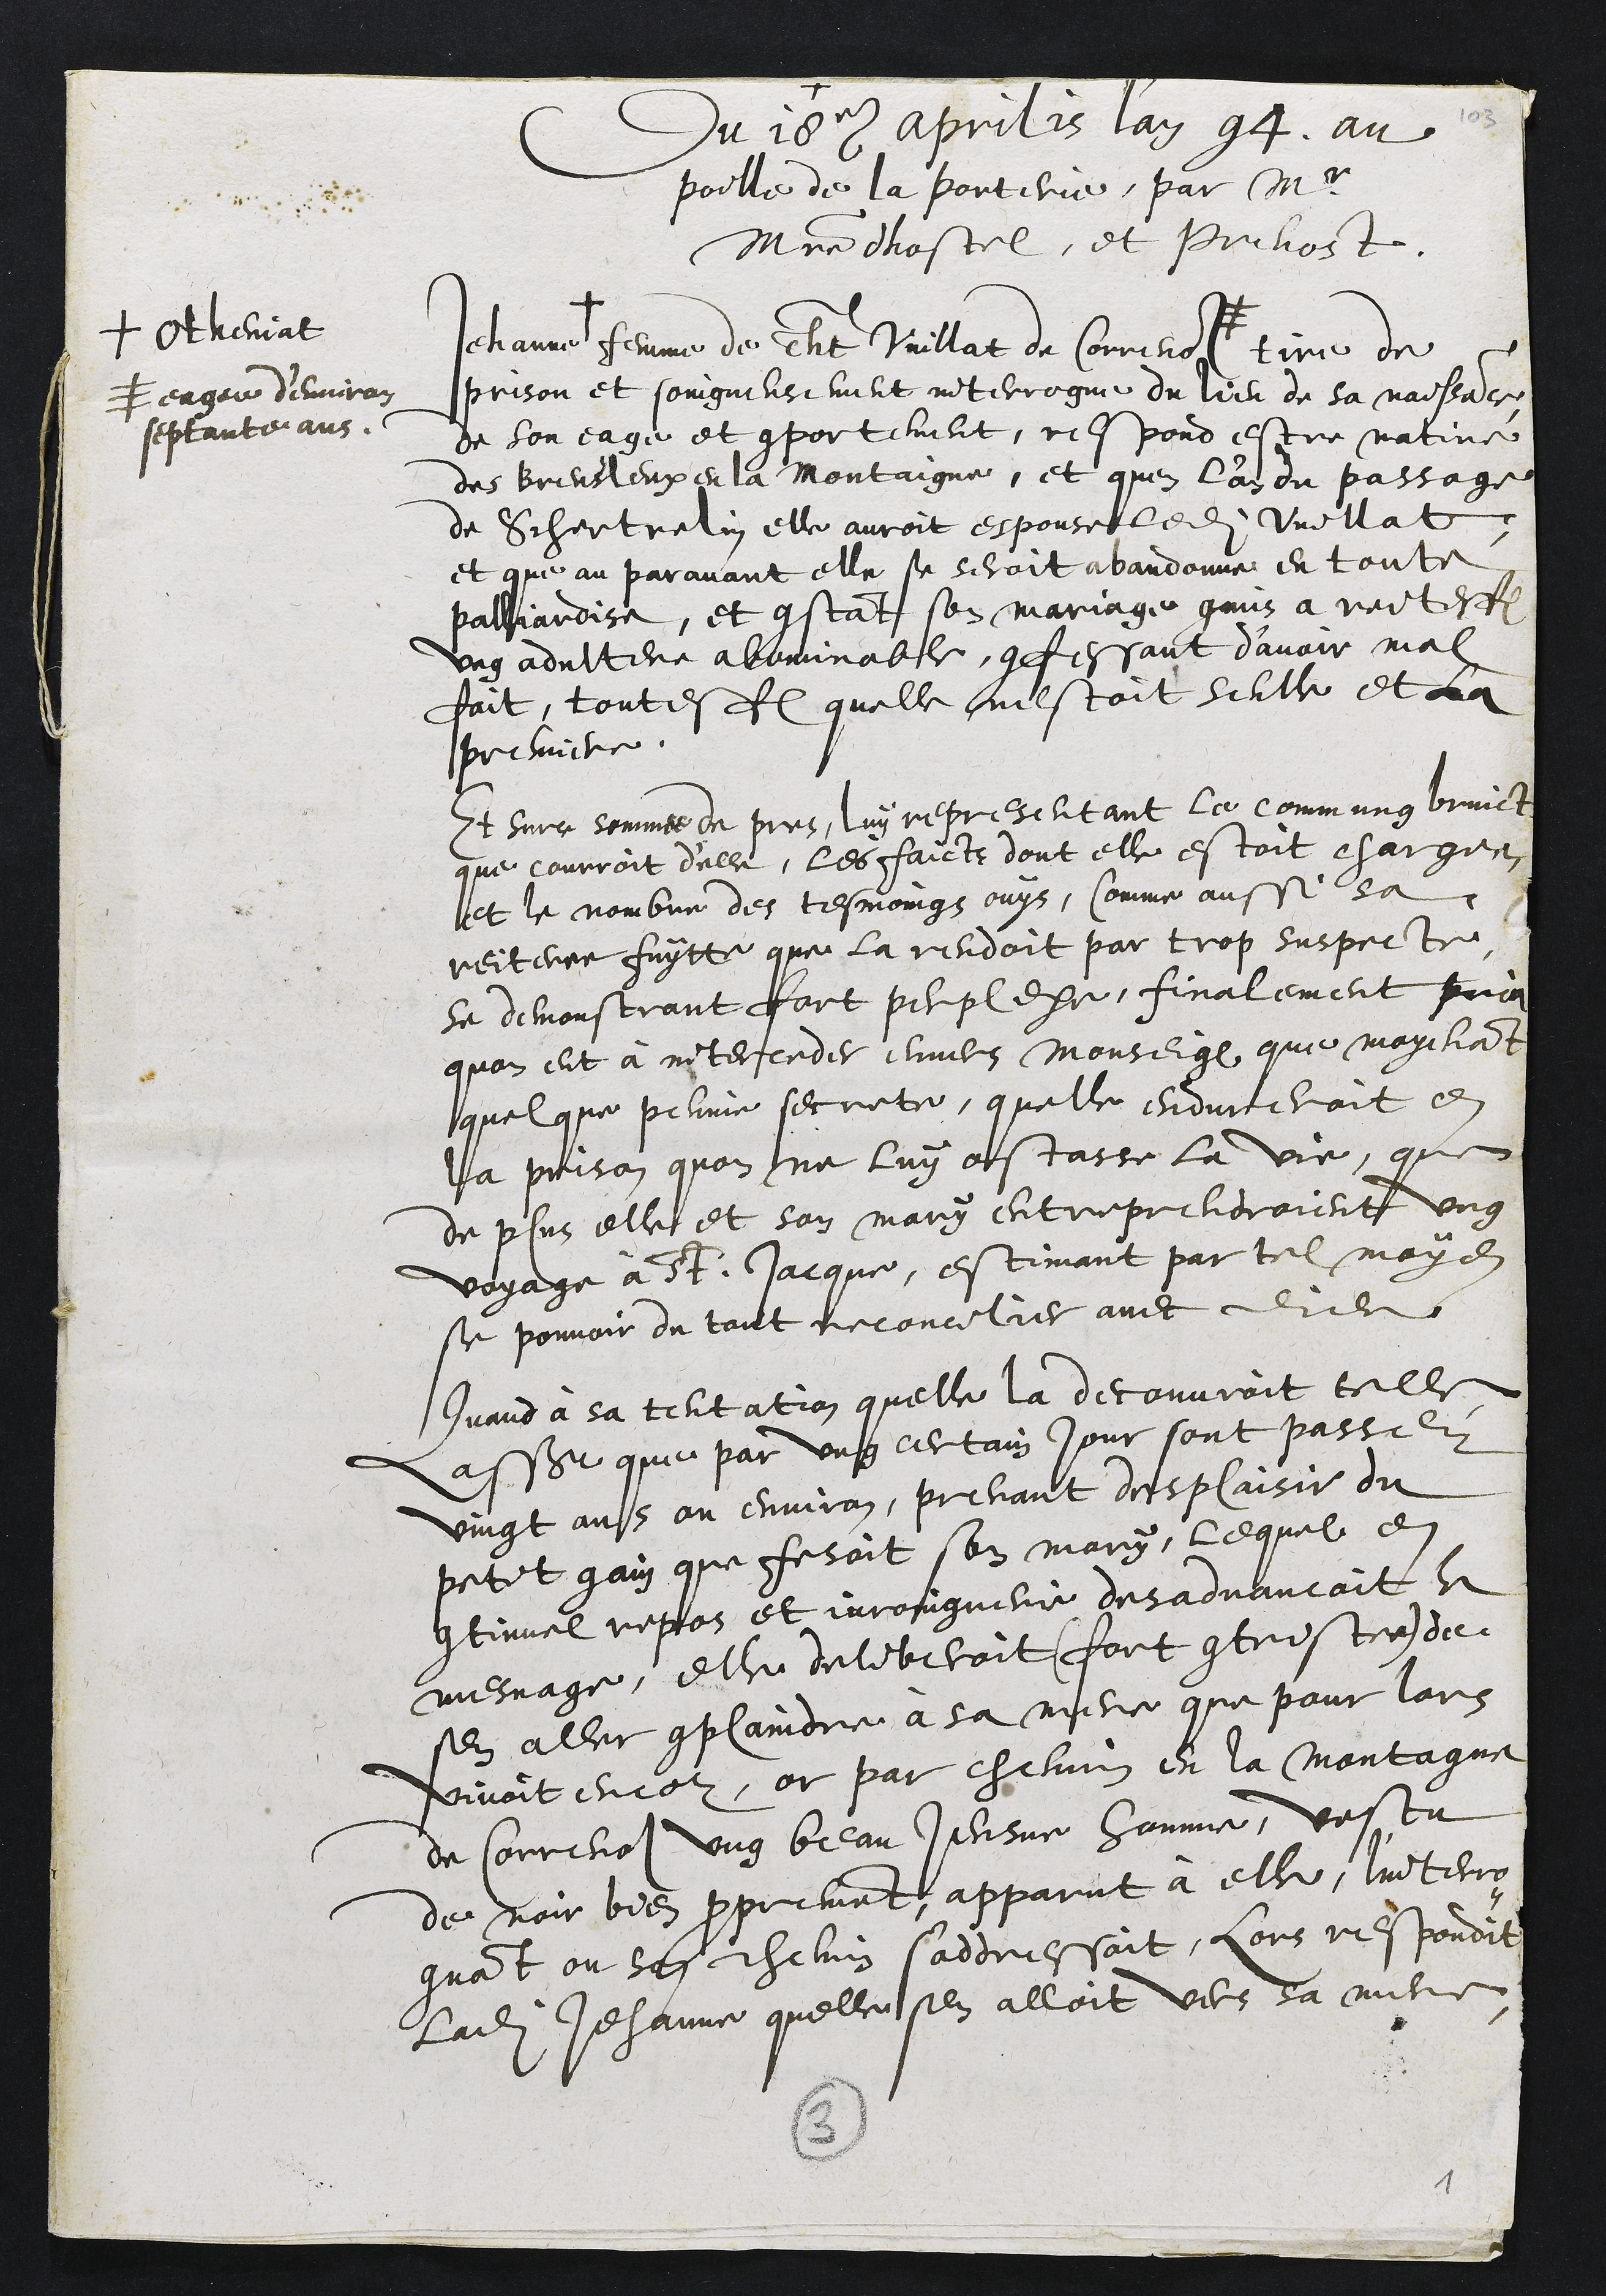
+
Du 18e aprilis l'an 94, au
poille de la porterie, par Mr
Maistre dhostel, et prevost
Jehanne +
+ Otheniat
femme de Tht Vuillat de Correnol#
# eage d'environ
septante ans
tiré de
prison et soingneusement interrogué du lieu de sa naissance,
de son eage et comportement, respond estre native
des Breusleux en la Montaigne, et quen l'an du passage
de Schertrelin elle auroit espouse ledit Vuillat,
et que au paravant elle se seroit abandonne en toute
palliardise, et constat son mariage commis a reiteresfois
ung adultere abominable, confessant d’avoir mal
fait, toutesfois quelle nestoit seulle et la
premiere.
Et surce sommee de pres, luy representant le commung bruict
que courroit d'elle, les faicts dont elle estoit chargee
et le nombre des tesmoings ouys, Comme aussi sa
reiteree fuytte que la rendoit par trop suspecte
se demonstrant fort perplexe, finalement pria
quon eut à interceder envers Monseigneur que moyenant
quelque peinne secrete, quelle endureroit en
la prison quon ne luy ostasse la vie, que
de plus elle et son mary entreprendroient ung
voyage à St Jacque, estimant par tel moyen
se pouvoir du tout reconcilier avec dieu
Quand à sa tentation quelle la decouvroit telle
assavoir que par ung certain jour sont passez
vingt ans ou environ, prenant desplaisir du
petit gain que fesoit son mary, lequel en
continuel repos et ivroingnerie desadvancoit le
mesnage, elle deliberoit (fort contriste) de
sen aller complaindre à sa mere que pour lors
vivoit encor, or par chemin en la Montagne
de Correnol ung beau Jeusne homme, vestu
de noir bien proprement, apparut à elle, l'interro¬
guant ou son chemin s'addressoit, lors respondit
ladite Jehanne quelle sen alloit ves sa mere,
3
1